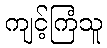
ကျင့်ကြံသူ